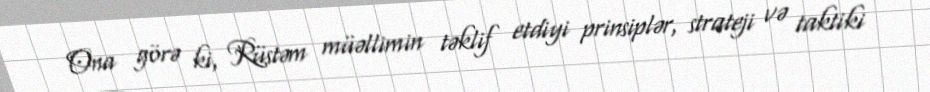
Ona görə ki, Rüstəm müəllimin təklif etdiyi prinsiplər, strateji və taktiki